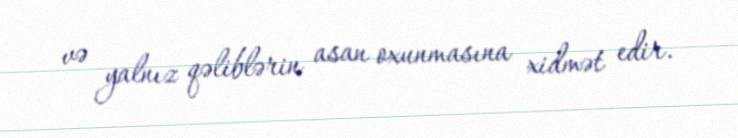
və yalnız qəliblərin asan oxunmasına xidmət edir.